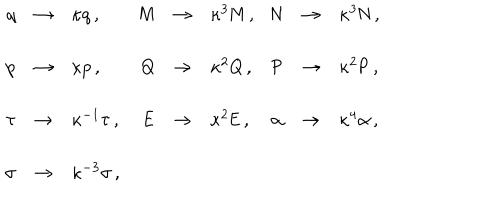
\begin{array} { r c l r c l r c l } { { q } } & { { \rightarrow } } & { { \kappa q \, , } } & { { \mathsf { M } } } & { { \rightarrow } } & { { \kappa ^ { 3 } \mathsf { M } \, , \hspace { 1 c m } } } & { { \mathsf { N } } } & { { \rightarrow } } & { { \kappa ^ { 3 } \mathsf { N } \, , } } \\ { { } } & { { } } & { { } } & { { } } & { { } } & { { } } & { { } } & { { } } & { { } } \\ { { p } } & { { \rightarrow } } & { { \kappa p \, , } } & { { \mathsf { Q } } } & { { \rightarrow } } & { { \kappa ^ { 2 } \mathsf { Q } \, , } } & { { \mathsf { P } } } & { { \rightarrow } } & { { \kappa ^ { 2 } \mathsf { P } \, , \hspace { 1 c m } } } \\ { { } } & { { } } & { { } } & { { } } & { { } } & { { } } & { { } } & { { } } & { { } } \\ { { \tau } } & { { \rightarrow } } & { { \kappa ^ { - 1 } \tau \, , \hspace { 1 c m } } } & { { \mathsf { E } } } & { { \rightarrow } } & { { \kappa ^ { 2 } \mathsf { E } \, , } } & { { \alpha } } & { { \rightarrow } } & { { \kappa ^ { 4 } \alpha \, , } } \\ { { } } & { { } } & { { } } & { { } } & { { } } & { { } } & { { } } & { { } } & { { } } \\ { { \sigma } } & { { \rightarrow } } & { { \kappa ^ { - 3 } \sigma \, , } } & { { } } & { { } } & { { } } & { { } } & { { } } & { { } } \\ \end{array}